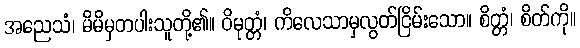
အညေသံ၊ မိမိမှတပါးသူတို့၏။ ဝိမုတ္တံ၊ ကိလေသာမှလွတ်ငြိမ်းသော။ စိတ္တံ၊ စိတ်ကို။